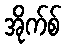
အိုက်စ်